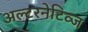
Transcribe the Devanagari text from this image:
अल्टरनेटिव्ज